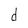
Character: d